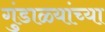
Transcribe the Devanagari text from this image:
गुंडाळ्यांच्या